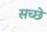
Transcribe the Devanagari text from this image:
सच्छे